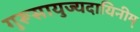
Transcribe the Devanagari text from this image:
गुरूसायुज्यदायिनीम्